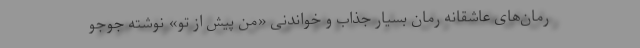
رمان‌های عاشقانه رمان بسیار جذاب و خواندنی «من پیش از تو» نوشته جوجو